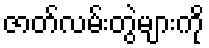
ဇာတ်လမ်းတွဲများကို